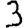
Digit: 3